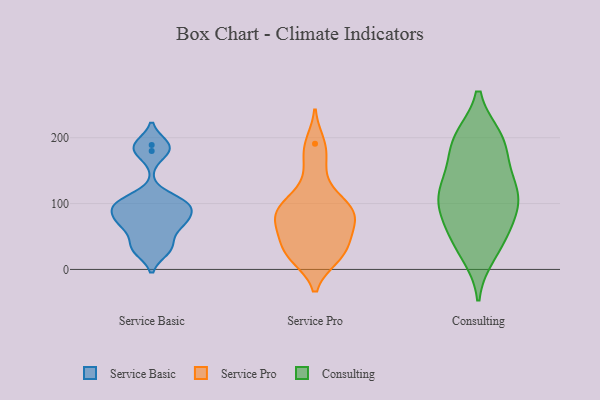
{"axis": {"x": "Operating Costs (USD K)", "y": "Value"}, "legend": ["Consulting", "Service Basic", "Service Pro"], "data": [{"x": "", "y": 189, "type": "Service Basic"}, {"x": "", "y": 71, "type": "Service Basic"}, {"x": "", "y": 29, "type": "Service Basic"}, {"x": "", "y": 180, "type": "Service Basic"}, {"x": "", "y": 99, "type": "Service Basic"}, {"x": "", "y": 80, "type": "Service Basic"}, {"x": "", "y": 37, "type": "Service Basic"}, {"x": "", "y": 67, "type": "Service Basic"}, {"x": "", "y": 101, "type": "Service Basic"}, {"x": "", "y": 101, "type": "Service Basic"}, {"x": "", "y": 27, "type": "Service Pro"}, {"x": "", "y": 97, "type": "Service Pro"}, {"x": "", "y": 46, "type": "Service Pro"}, {"x": "", "y": 18, "type": "Service Pro"}, {"x": "", "y": 144, "type": "Service Pro"}, {"x": "", "y": 93, "type": "Service Pro"}, {"x": "", "y": 24, "type": "Service Pro"}, {"x": "", "y": 47, "type": "Service Pro"}, {"x": "", "y": 72, "type": "Service Pro"}, {"x": "", "y": 78, "type": "Service Pro"}, {"x": "", "y": 89, "type": "Service Pro"}, {"x": "", "y": 64, "type": "Service Pro"}, {"x": "", "y": 18, "type": "Service Pro"}, {"x": "", "y": 191, "type": "Service Pro"}, {"x": "", "y": 178, "type": "Service Pro"}, {"x": "", "y": 106, "type": "Service Pro"}, {"x": "", "y": 86, "type": "Service Pro"}, {"x": "", "y": 156, "type": "Consulting"}, {"x": "", "y": 111, "type": "Consulting"}, {"x": "", "y": 98, "type": "Consulting"}, {"x": "", "y": 121, "type": "Consulting"}, {"x": "", "y": 118, "type": "Consulting"}, {"x": "", "y": 24, "type": "Consulting"}, {"x": "", "y": 133, "type": "Consulting"}, {"x": "", "y": 41, "type": "Consulting"}, {"x": "", "y": 189, "type": "Consulting"}, {"x": "", "y": 195, "type": "Consulting"}, {"x": "", "y": 74, "type": "Consulting"}, {"x": "", "y": 199, "type": "Consulting"}, {"x": "", "y": 101, "type": "Consulting"}, {"x": "", "y": 199, "type": "Consulting"}, {"x": "", "y": 73, "type": "Consulting"}, {"x": "", "y": 41, "type": "Consulting"}]}